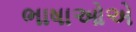
ભાષાઓએ